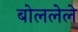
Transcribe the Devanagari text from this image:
बोललेले